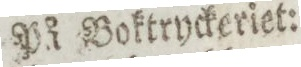
På Boktryckeriet: